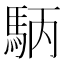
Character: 𮩺